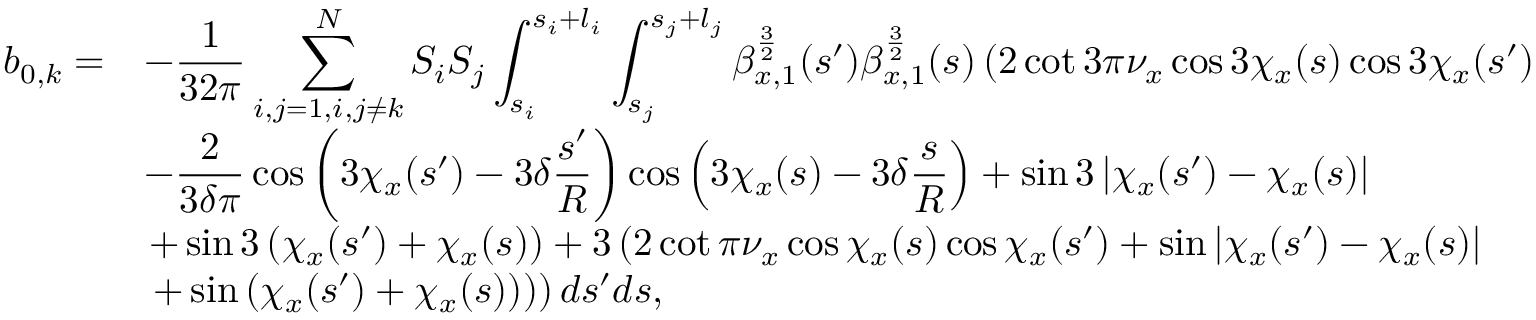
\begin{array} { c l } { \displaystyle b _ { 0 , k } = } & { \displaystyle - \frac { 1 } { 3 2 \pi } \sum _ { i , j = 1 , i , j \neq k } ^ { N } { S _ { i } S _ { j } \int _ { s _ { i } } ^ { s _ { i } + l _ { i } } \int _ { s _ { j } } ^ { s _ { j } + l _ { j } } { \beta _ { x , 1 } ^ { \frac { 3 } { 2 } } ( s ^ { \prime } ) \beta _ { x , 1 } ^ { \frac { 3 } { 2 } } ( s ) \left( 2 \cot { 3 \pi \nu _ { x } } \cos { 3 \chi _ { x } ( s ) } \cos { 3 \chi _ { x } ( s ^ { \prime } ) } \right. } } } \\ & { \displaystyle - \frac { 2 } { 3 \delta \pi } \cos { \left( 3 \chi _ { x } ( s ^ { \prime } ) - 3 \delta \frac { s ^ { \prime } } { R } \right) } \cos { \left( 3 \chi _ { x } ( s ) - 3 \delta \frac { s } { R } \right) } + \sin { 3 \left| \chi _ { x } ( s ^ { \prime } ) - \chi _ { x } ( s ) \right| } } \\ & { \left. + \sin { 3 \left( \chi _ { x } ( s ^ { \prime } ) + \chi _ { x } ( s ) \right) } + 3 \left( 2 \cot { \pi \nu _ { x } } \cos { \chi _ { x } ( s ) } \cos { \chi _ { x } ( s ^ { \prime } ) } + \sin { \left| \chi _ { x } ( s ^ { \prime } ) - \chi _ { x } ( s ) \right| } \right. \right. } \\ & { \left. \left. + \sin { \left( \chi _ { x } ( s ^ { \prime } ) + \chi _ { x } ( s ) \right) } \right) \right) d s ^ { \prime } d s , } \end{array}